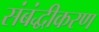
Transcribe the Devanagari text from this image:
संबंद्धीकरण